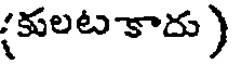
(కులట కాదు )